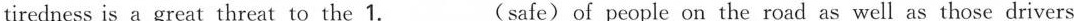
tiredness is a great threat to the 1. ___ (safe) of people on the road as well as those drivers